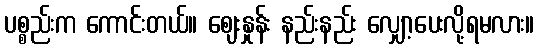
ပစ္စည်းက ကောင်းတယ်။ ဈေးနှုန်း နည်းနည်း လျှော့ပေးလို့ရမလား။